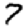
Digit: 7